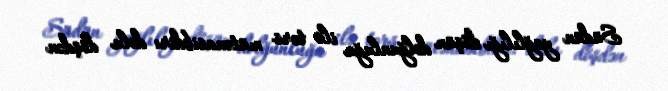
Südün yağlılığı döşün dolğunluğu ilə tərs mütənasibdir: dolu döşdən